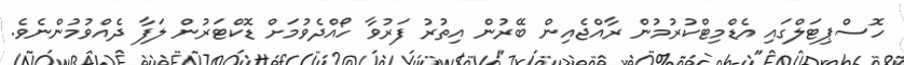
ހޮސްޕިޓަލްގައި އެޑްމިޓްކުރުމުން ރާއްޖެއިން ބޭރުން އިތުރު ފަރުވާ ހޯއްދެވުމަށް ޑޮކްޓަރުން ލަފާ ދެއްވުމުންނެވެ.